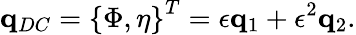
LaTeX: \mathbf{q}_{DC}=\left\{ \Phi,\eta\right\} ^{T}=\epsilon\mathbf{q}_{1}+\epsilon^{2}\mathbf{q}_{2}.